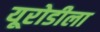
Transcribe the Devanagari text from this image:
यूरोडीला